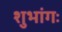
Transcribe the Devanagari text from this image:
शुभांगः